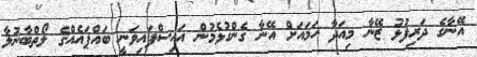
އޭނާގެ ދަރިފުޅު ޒޭނާ މިއަދާ ހަމައަށް އޭނާ ގެންގުޅެމުން އައިސްފައިވަނީ ބައްޕައެއްގެ ލޯތްބާނުލާ